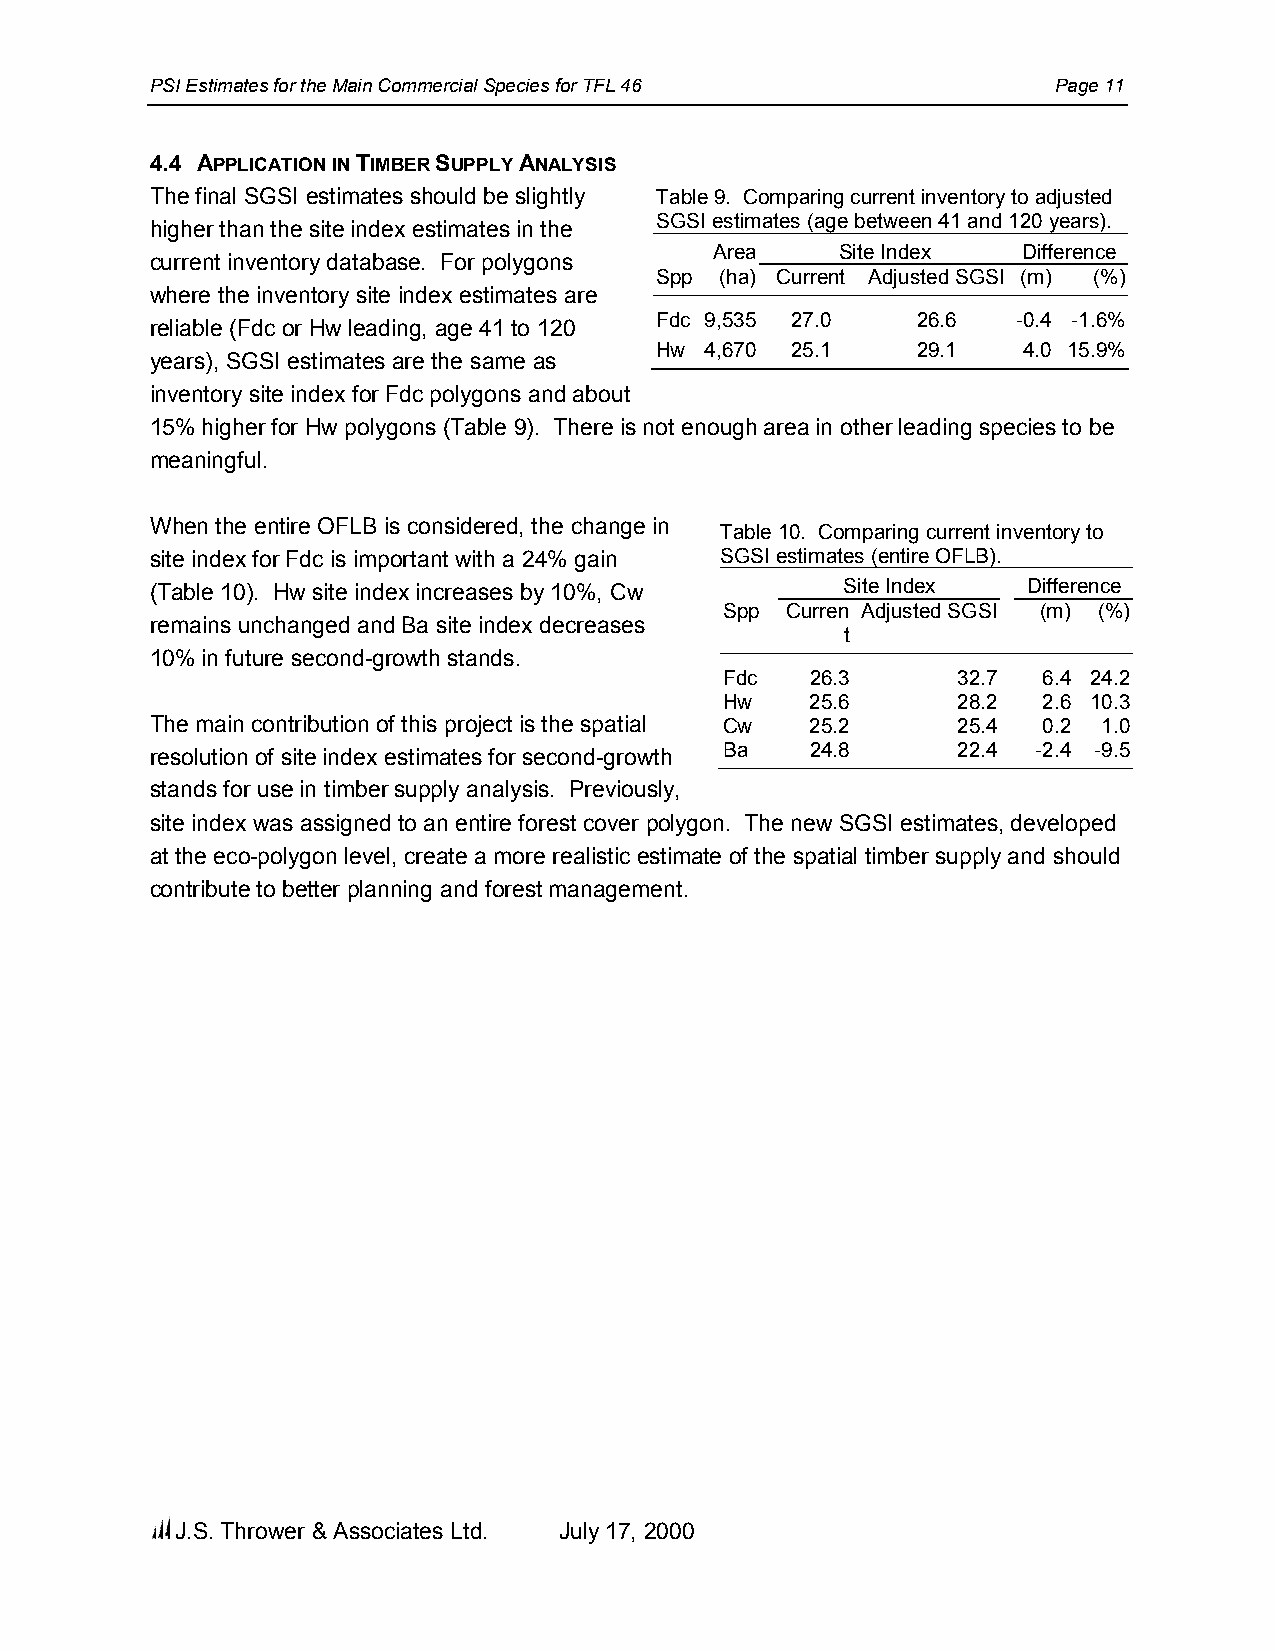
PSI Estimates for the Main Commercial Species for TFL 46    Page 11
 4.4 APPLICATION IN TIMBER SUPPLY ANALYSIS
 The final SGSI estimates should be slightly Table 9. Comparing current inventory to adjusted
 SGSI estimates (age between 41 and 120 years).
 higher than the site index estimates in the
 Area     Site Index  Difference
 current inventory database. For polygons
 Spp  (ha) Current Adjusted SGSI (m) (%)
 where the inventory site index estimates are
 Fdc 9,535 27.0    26.6  -0.4 -1.6%
 reliable (Fdc or Hw leading, age 41 to 120
 Hw  4,670 25.1    29.1   4.0 15.9%
 years), SGSI estimates are the same as
 inventory site index for Fdc polygons and about
 15% higher for Hw polygons (Table 9). There is not enough area in other leading species to be
 meaningful.
 When the entire OFLB is considered, the change in
 Table 10. Comparing current inventory to
 site index for Fdc is important with a 24% gain SGSI estimates (entire OFLB).
 (Table 10). Hw site index increases by 10%, Cw Site Index Difference
 Spp Curren Adjusted SGSI (m) (%)
 remains unchanged and Ba site index decreases
 t
 10% in future second-growth stands.
 Fdc   26.3     32.7  6.4 24.2
 Hw    25.6     28.2  2.6 10.3
 The main contribution of this project is the spatial Cw 25.2 25.4 0.2 1.0
 resolution of site index estimates for second-growth Ba 24.8 22.4 -2.4 -9.5
 stands for use in timber supply analysis. Previously,
 site index was assigned to an entire forest cover polygon. The new SGSI estimates, developed
 at the eco-polygon level, create a more realistic estimate of the spatial timber supply and should
 contribute to better planning and forest management.
 J.S. Thrower & Associates Ltd. July 17, 2000